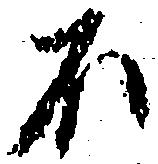
不